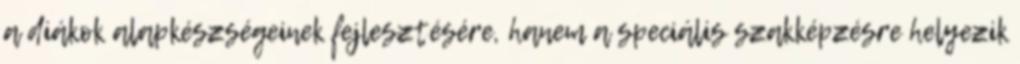
a diákok alapkészségeinek fejlesztésére, hanem a speciális szakképzésre helyezik